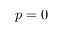
p = 0